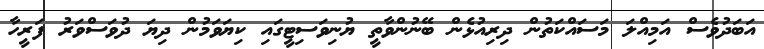
އަބަދުވެސް އަމިއްލަ މަސައްކަތުން ދިރިއުޅެން ބޭނުންވާތީ ޔުނިވަސިޓީގައި ކިޔަވަމުން ދިޔަ ދުވަސްވަރު ފަރީހާ